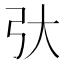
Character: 𫸥